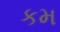
કમ